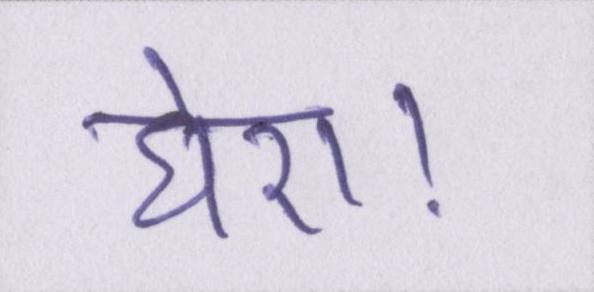
घेरा।